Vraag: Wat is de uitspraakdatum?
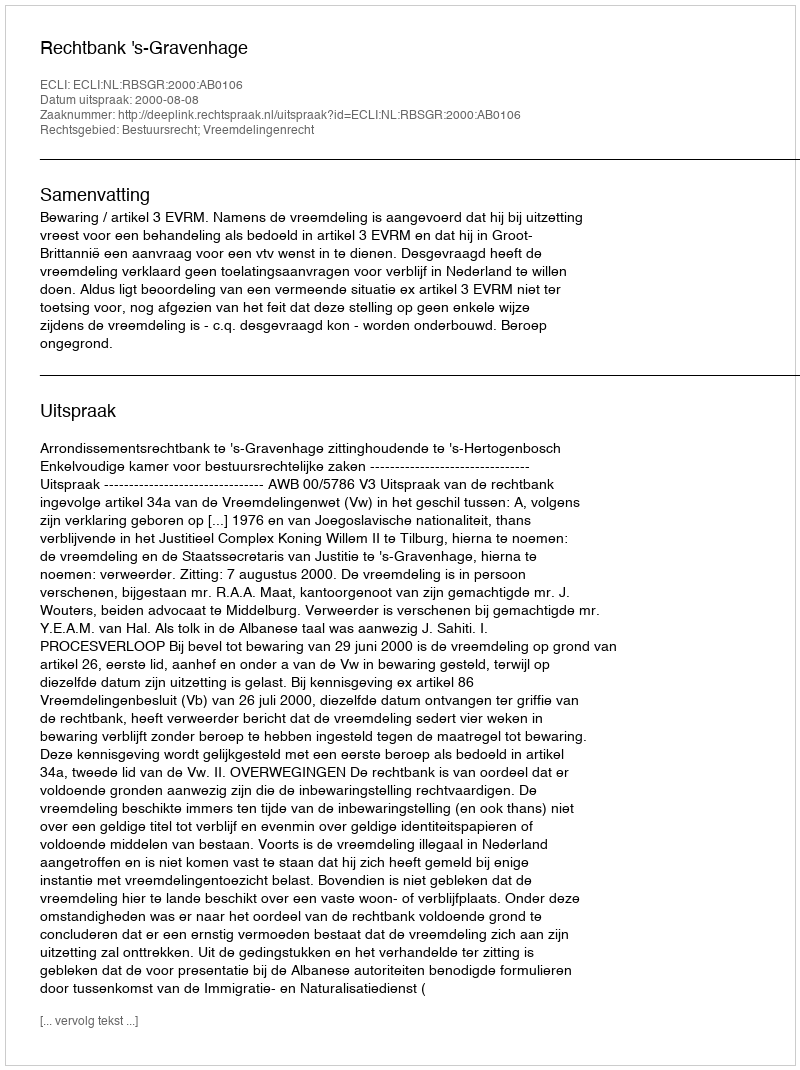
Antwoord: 2000-08-08